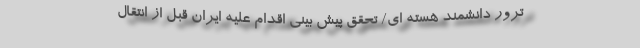
ترور دانشمند هسته ای/ تحقق پیش بینی اقدام علیه ایران قبل از انتقال